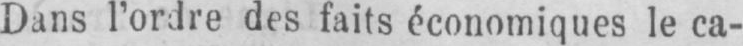
des faits économiques le ca-